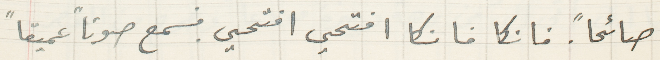
صائحاً فانكا فانكا افتحي افتحي. فسمع صوتاً عميقاً